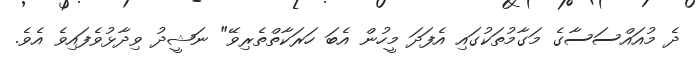
ދެ މުއައްސަސާގެ މަގާމުތަކުގައި އެފަދަ މީހުން އެބަ ހަރަކާތްތެރިވޭ" ނަޝީދު ވިދާޅުވެފައިވެ އެވެ.